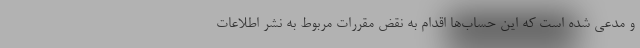
و مدعی شده است که این حساب‌ها اقدام به نقض مقررات مربوط به نشر اطلاعات